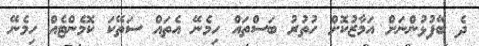
ދެ ބޭފުޅުންނަށް އަމާޒުކޮށް ހުތުރު ބަސްތައް ހިމެނޭ އެތައް ސަތޭކަ ކޮމެންޓެއް ހިމެނޭ